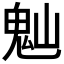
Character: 𩲀